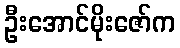
ဦးအောင်မိုးဇော်က